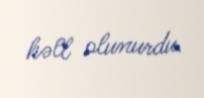
həll olunurdu.